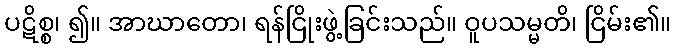
ပဋိစ္စ၊ ၍။ အာဃာတော၊ ရန်ငြိုးဖွဲ့ခြင်းသည်။ ဝူပသမ္မတိ၊ ငြိမ်း၏။